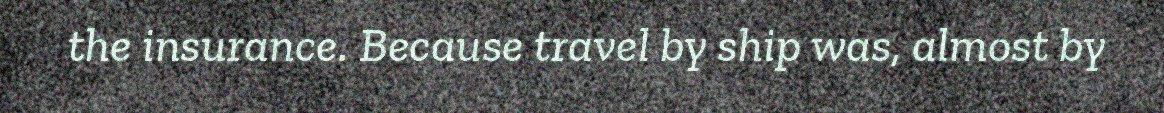
the insurance. Because travel by ship was, almost by